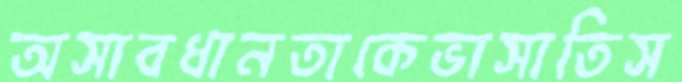
অসাবধানতাকেভাসাতিস